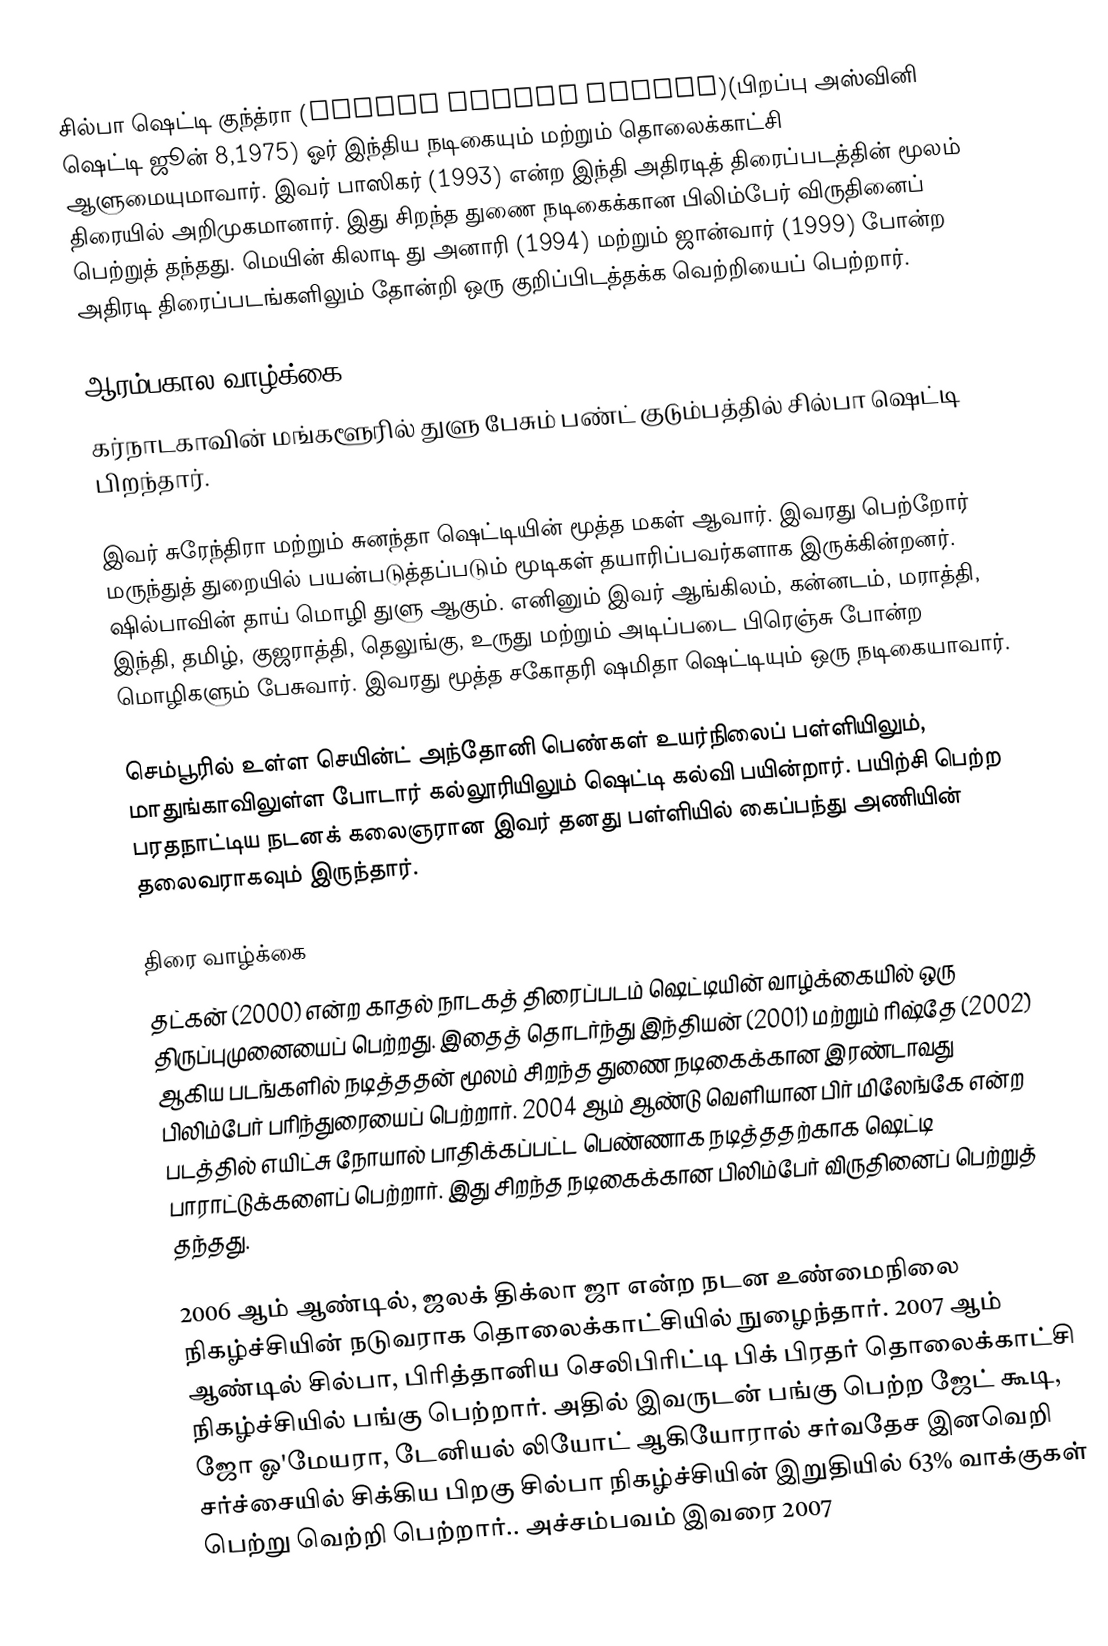
சில்பா ஷெட்டி குந்த்ரா (Shilpa Shetty Kundra)(பிறப்பு அஸ்வினி ஷெட்டி ஜூன் 8,1975) ஓர் இந்திய நடிகையும் மற்றும் தொலைக்காட்சி ஆளுமையுமாவார். இவர் பாஸிகர் (1993) என்ற இந்தி அதிரடித் திரைப்படத்தின் மூலம் திரையில் அறிமுகமானார். இது சிறந்த துணை நடிகைக்கான பிலிம்பேர் விருதினைப் பெற்றுத் தந்தது. மெயின் கிலாடி து அனாரி (1994) மற்றும் ஜான்வார் (1999) போன்ற அதிரடி திரைப்படங்களிலும் தோன்றி ஒரு குறிப்பிடத்தக்க வெற்றியைப் பெற்றார்.

ஆரம்பகால வாழ்க்கை.
கர்நாடகாவின் மங்களூரில் துளு பேசும் பண்ட் குடும்பத்தில் சில்பா ஷெட்டி பிறந்தார்.

இவர் சுரேந்திரா மற்றும் சுனந்தா ஷெட்டியின் மூத்த மகள் ஆவார். இவரது பெற்றோர் மருந்துத் துறையில் பயன்படுத்தப்படும் மூடிகள் தயாரிப்பவர்களாக இருக்கின்றனர். ஷில்பாவின் தாய் மொழி துளு ஆகும். எனினும் இவர் ஆங்கிலம், கன்னடம், மராத்தி, இந்தி, தமிழ், குஜராத்தி, தெலுங்கு, உருது மற்றும் அடிப்படை பிரெஞ்சு போன்ற மொழிகளும் பேசுவார். இவரது மூத்த சகோதரி ஷமிதா ஷெட்டியும் ஒரு நடிகையாவார்.

செம்பூரில் உள்ள செயின்ட் அந்தோனி பெண்கள் உயர்நிலைப் பள்ளியிலும், மாதுங்காவிலுள்ள போடார் கல்லூரியிலும் ஷெட்டி கல்வி பயின்றார். பயிற்சி பெற்ற பரதநாட்டிய நடனக் கலைஞரான இவர் தனது பள்ளியில் கைப்பந்து அணியின் தலைவராகவும் இருந்தார்.

திரை வாழ்க்கை
தட்கன் (2000) என்ற காதல் நாடகத் திரைப்படம் ஷெட்டியின் வாழ்க்கையில் ஒரு திருப்புமுனையைப் பெற்றது. இதைத் தொடர்ந்து இந்தியன் (2001) மற்றும் ரிஷ்தே (2002) ஆகிய படங்களில் நடித்ததன் மூலம் சிறந்த துணை நடிகைக்கான இரண்டாவது பிலிம்பேர் பரிந்துரையைப் பெற்றார். 2004 ஆம் ஆண்டு வெளியான பிர் மிலேங்கே என்ற படத்தில் எயிட்சு நோயால் பாதிக்கப்பட்ட பெண்ணாக நடித்ததற்காக ஷெட்டி பாராட்டுக்களைப் பெற்றார். இது சிறந்த நடிகைக்கான பிலிம்பேர் விருதினைப் பெற்றுத் தந்தது.

2006 ஆம் ஆண்டில், ஜலக் திக்லா ஜா என்ற நடன உண்மைநிலை நிகழ்ச்சியின் நடுவராக தொலைக்காட்சியில் நுழைந்தார். 2007 ஆம் ஆண்டில் சில்பா, பிரித்தானிய செலிபிரிட்டி பிக் பிரதர் தொலைக்காட்சி நிகழ்ச்சியில் பங்கு பெற்றார். அதில் இவருடன் பங்கு பெற்ற ஜேட் கூடி, ஜோ ஓ'மேயரா, டேனியல் லியோட் ஆகியோரால் சர்வதேச இனவெறி சர்ச்சையில் சிக்கிய பிறகு சில்பா நிகழ்ச்சியின் இறுதியில் 63% வாக்குகள் பெற்று வெற்றி பெற்றார்.. அச்சம்பவம் இவரை 2007